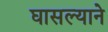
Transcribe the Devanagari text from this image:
घासल्याने